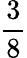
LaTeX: \frac{3}{8}